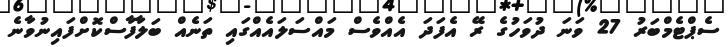
ސެޕްޓެމްބަރު 27 ވަނަ ދުވަހުގެ ރޭ އެފަދަ އެއްވެސް މައްސަލައެއްގައި ތަނެއް ބަލާފާސްކޮށްފައިނުވާނެ